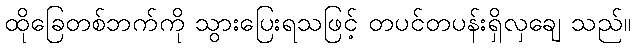
ထိုခြေတစ်ဘက်ကို သွားပြေးရသဖြင့် တပင်တပန်းရှိလှချေ သည်။